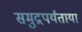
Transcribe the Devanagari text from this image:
समुद्रपर्यंताया